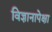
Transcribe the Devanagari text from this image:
विज्ञानापेक्षा